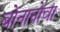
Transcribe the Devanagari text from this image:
बोनानोवा